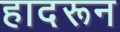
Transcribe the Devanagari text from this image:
हादरून